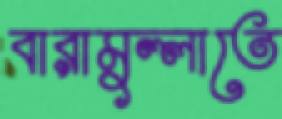
বারামুল্লাতে